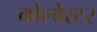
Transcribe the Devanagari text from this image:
कोल्चेस्टर